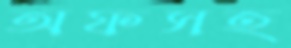
অফসহ